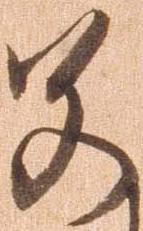
若